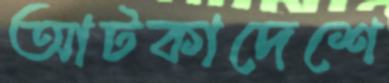
আটকাদেশে